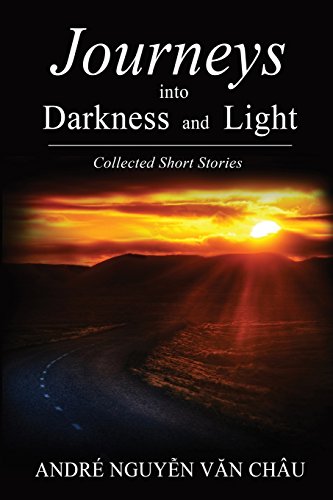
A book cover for Journeys into Darkness and Light; Andre Nguyen Van Chau; Literature & Fiction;